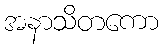
အနာသိတကော